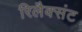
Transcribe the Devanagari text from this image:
रिलैक्संट